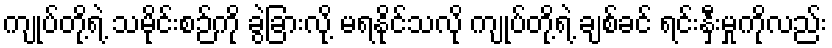
ကျုပ်တို့ရဲ့ သမိုင်းစဉ်ကို ခွဲခြားလို့ မရနိုင်သလို ကျုပ်တို့ရဲ့ ချစ်ခင် ရင်းနှီးမှုကိုလည်း